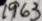
1963